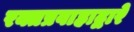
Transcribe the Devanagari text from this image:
रक्तप्रवाहाद्वारे